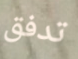
تدفق